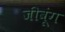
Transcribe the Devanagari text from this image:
जीवूंग